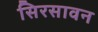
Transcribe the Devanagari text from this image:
सिरसावन